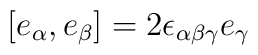
[e_\alpha, e_\beta]=2\epsilon_{\alpha\beta\gamma} e_\gamma